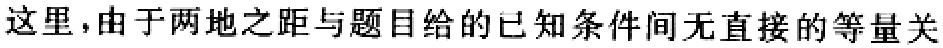
这里，由于两地之距与题目给的已知条件间无直接的等量关